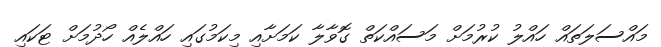
މައްސަލަތައް ހައްލު ކުރުމަށް މަސައްކަތް ގޮވާލާ ކަމަށާއި މިކަމުގައި ހައްލެއް ހޯދުމަށް ޓަކައި